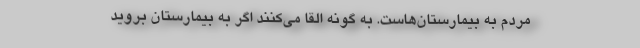
مردم به بیمارستان‌هاست. به گونه القا می‌کنند اگر به بیمارستان بروید